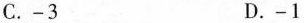
C. -3 D. -1